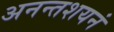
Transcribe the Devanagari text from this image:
अनन्तशयनं